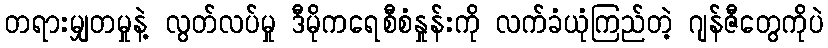
တရားမျှတမှုနဲ့ လွတ်လပ်မှု ဒီမိုကရေစီစံနှုန်းကို လက်ခံယုံကြည်တဲ့ ဂျန်ဇီတွေကိုပဲ